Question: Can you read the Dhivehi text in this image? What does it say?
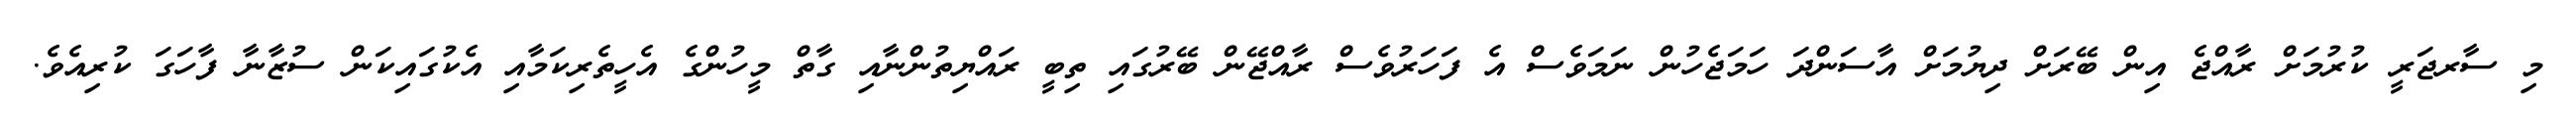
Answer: މި ސާރޖަރީ ކުރުމަށް ރާއްޖެ އިން ބޭރަށް ދިޔުމަށް އާސަންދަ ހަމަޖެހުން ނަމަވެސް އެ ފަހަރުވެސް ރާއްޖޭން ބޭރުގައި ތިބީ ރައްޔިތުންނާއި ގާތް މީހުންގެ އެހީތެރިކަމާއި އެކުގައިކަން ސުޒާނާ ފާހަގަ ކުރިއެވެ.